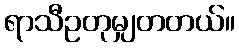
ရာသီဥတုမျှတတယ်။